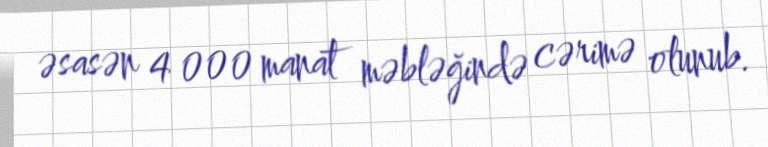
əsasən 4 000 manat məbləğində cərimə olunub.